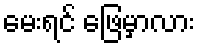
မေးရင် ဖြေမှာလား